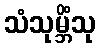
သံသုမ္ဘိံသု